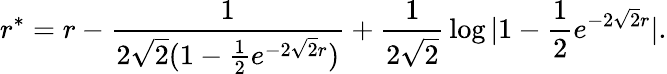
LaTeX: r^{*}=r-{\frac{1}{2\sqrt 2(1-{\frac{1}{2}}e^{-2\sqrt 2r})}}+{\frac{1}{2\sqrt 2}}\log|1-{\frac{1}{2}}e^{-2\sqrt 2r}|.